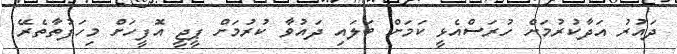
ދައުރު އަދާކުރުމަށް ހުރަސްއެޅީ ކަމަށް ބަލައި ދައުވާ ކުރުމަށް ޕީޖީ އޮފީހަށް މިހަފުތާތެރޭ